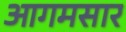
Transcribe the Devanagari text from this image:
आगमसार